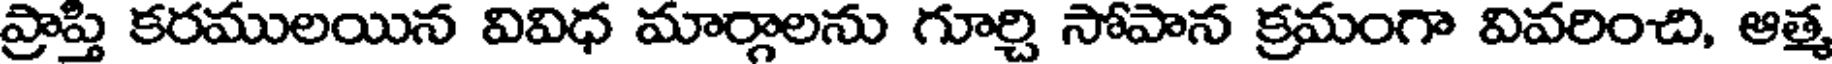
ప్రాప్తి కరములయిన వివిధ మార్గాలను గూర్చి సోపాన క్రమంగా వివరించి, ఆత్మ